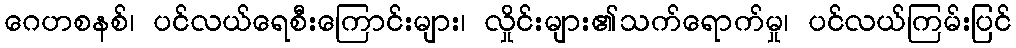
ဂေဟစနစ်၊ ပင်လယ်ရေစီးကြောင်းများ၊ လှိုင်းများ၏သက်ရောက်မှု၊ ပင်လယ်ကြမ်းပြင်